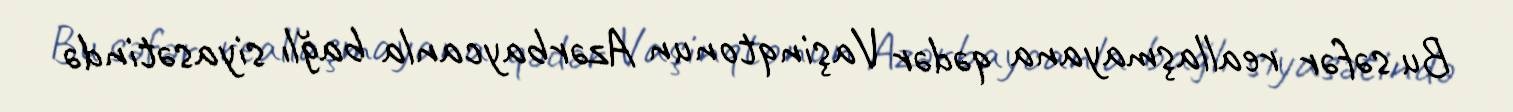
Bu səfər reallaşmayana qədər Vaşinqtonun Azərbaycanla bağlı siyasətində